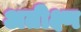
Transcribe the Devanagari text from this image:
अतीक्ष्ण